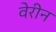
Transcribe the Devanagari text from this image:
वेरीन